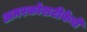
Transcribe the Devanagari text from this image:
अमरकोशटीकेचे